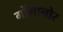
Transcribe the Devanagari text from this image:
गोंगानोर